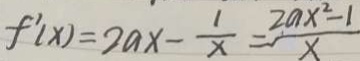
f ^ { \prime } ( x ) = 2 a x - \frac { 1 } { x } = \frac { 2 a x ^ { 2 } - 1 } { x }